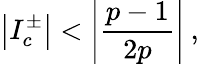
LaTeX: \left|I_{c}^{\pm}\right|<\left|\displaystyle\frac{p-1}{2p}\right|\: ,